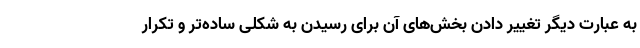
به عبارت دیگر تغییر دادن بخش‌های آن برای رسیدن به شکلی ساده‌تر و تکرار